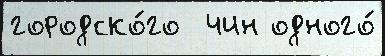
городско́го  чин одного́